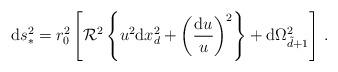
LaTeX: \begin{align*}{\rm d}s_{*}^2 = r_0^2 \left[ \mathcal{R}^2 \left\{ u^2 {\rm d}x^2_{d} + \left({{\rm d}u \over u}\right)^2 \right\} + {\rm d}\Omega_{\tilde d + 1}^2 \right]\, .\end{align*}